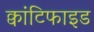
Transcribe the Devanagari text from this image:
क्वांटिफाइड